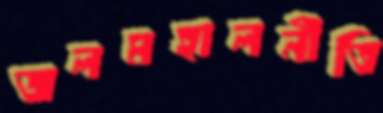
জলমহালনীতি